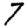
Digit: 7